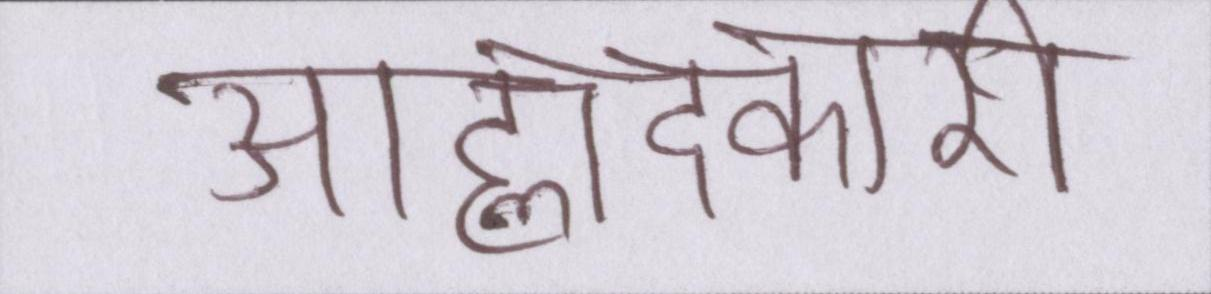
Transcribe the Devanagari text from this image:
आह्लादकारी